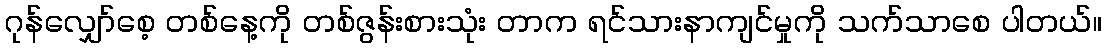
ဂုန်လျှော်စေ့ တစ်နေ့ကို တစ်ဇွန်းစားသုံး တာက ရင်သားနာကျင်မှုကို သက်သာစေ ပါတယ်။